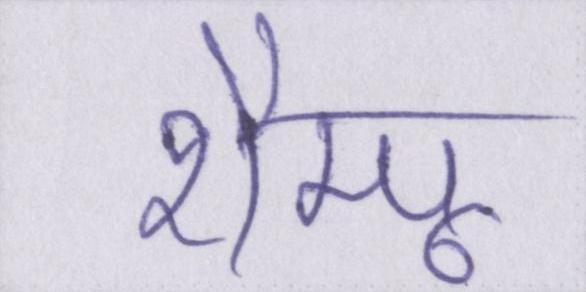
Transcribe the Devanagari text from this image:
शैम्पू